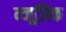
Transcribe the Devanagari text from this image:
म्जूज़िक